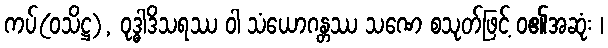
ကပ်(ဝသိဋ္ဌ), ဝုဒ္ဓါဒိသရဿ ဝါ သံယောဂန္တဿ သဏေ စသုတ်ဖြင့် ဝ၏အဆုံး ၊